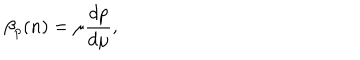
\beta _ { p } ( n ) = \mu \frac { d p } { d \mu } ,